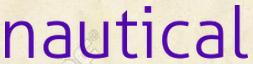
nautical